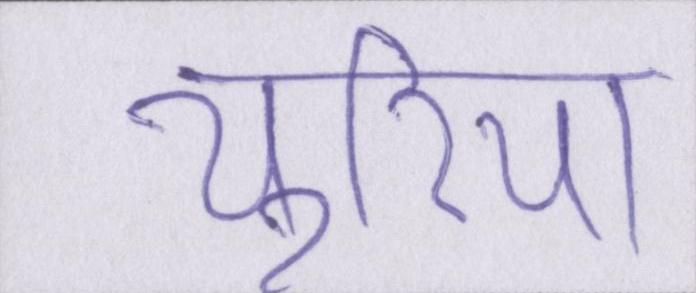
यूरिया